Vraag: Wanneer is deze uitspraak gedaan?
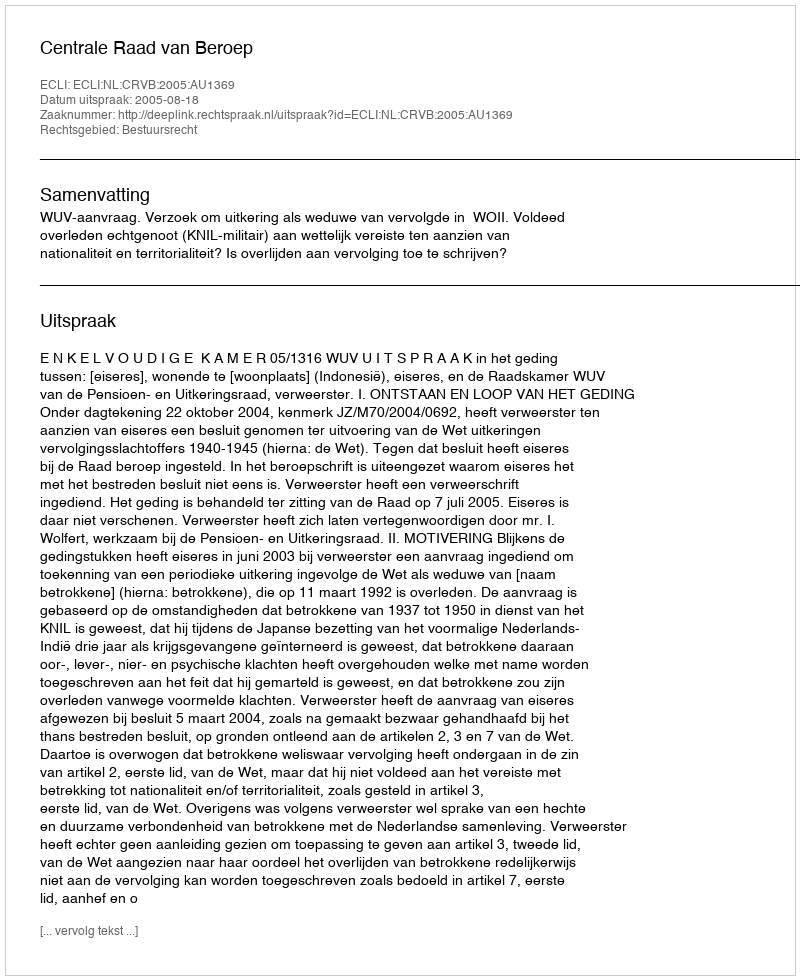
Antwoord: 2005-08-18